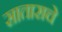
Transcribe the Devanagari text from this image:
साताराचे